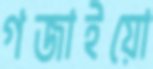
গজাইয়ো